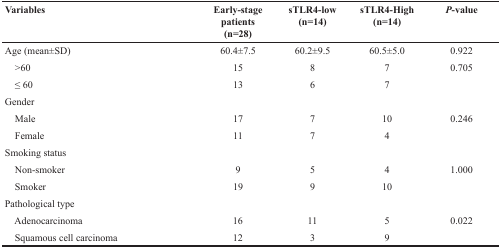
<table><thead><tr><td><b>Variables</b></td><td><b>Early-stage patients (n=28)</b></td><td><b>sTLR4-low (n=14)</b></td><td><b>sTLR4-High (n=14)</b></td><td><b><i>P</i>-value</b></td></tr></thead><tbody><tr><td>Age (mean±SD)</td><td>60.4±7.5</td><td>60.2±9.5</td><td>60.5±5.0</td><td>0.922</td></tr><tr><td> &gt;60</td><td>15</td><td>8</td><td>7</td><td>0.705</td></tr><tr><td> ≤ 60</td><td>13</td><td>6</td><td>7</td><td></td></tr><tr><td>Gender</td><td></td><td></td><td></td><td></td></tr><tr><td> Male</td><td>17</td><td>7</td><td>10</td><td>0.246</td></tr><tr><td> Female</td><td>11</td><td>7</td><td>4</td><td></td></tr><tr><td>Smoking status</td><td></td><td></td><td></td><td></td></tr><tr><td> Non-smoker</td><td>9</td><td>5</td><td>4</td><td>1.000</td></tr><tr><td> Smoker</td><td>19</td><td>9</td><td>10</td><td></td></tr><tr><td>Pathological type</td><td></td><td></td><td></td><td></td></tr><tr><td> Adenocarcinoma</td><td>16</td><td>11</td><td>5</td><td>0.022</td></tr><tr><td> Squamous cell carcinoma</td><td>12</td><td>3</td><td>9</td><td></td></tr></tbody></table>